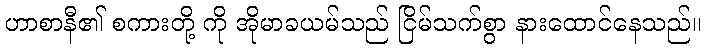
ဟာစာနီ၏ စကားတို့ ကို အိုမာခယမ်သည် ငြိမ်သက်စွာ နားထောင်နေသည်။